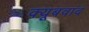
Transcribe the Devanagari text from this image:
क्यूबवाद